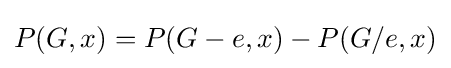
P(G,x)=P(G-e,x)-P(G/e,x)